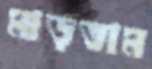
মাড়তাম